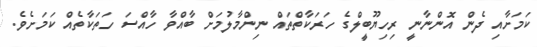
ކަމަށާއި ދެން އޮންނާނީ ރިހިޔޫބީލްގެ ހަރަކާތްތައް ނިންމާލުމަށް ބާއްވާ ހާއްސަ ހަތަކާތެއް ކަމަށެވެ.